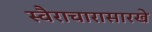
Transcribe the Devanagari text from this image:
स्वैराचारासारखे